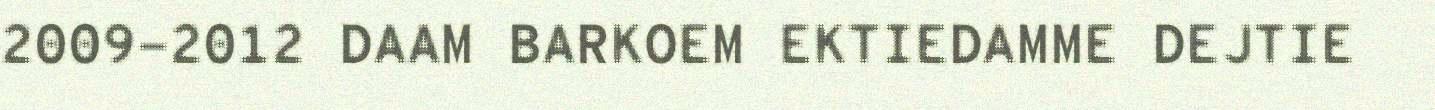
2009-2012 DAAM BARKOEM EKTIEDAMME DEJTIE